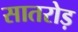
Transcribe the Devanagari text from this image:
सातरोड़